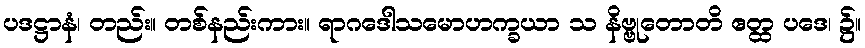
ပဒဋ္ဌာနံ၊ တည်း။ တစ်နည်းကား။ ရာဂဒေါသမောဟက္ခယာ သ နိဗ္ဗုတောတိ ဧတ္ထ ပဒေ၊ ၌။